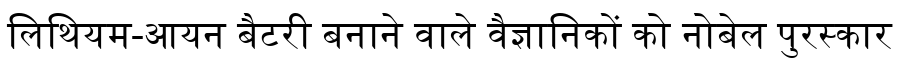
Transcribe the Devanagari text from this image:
लिथियम-आयन बैटरी बनाने वाले वैज्ञानिकों को नोबेल पुरस्कार